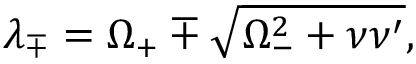
\lambda _ { \mp } = \Omega _ { + } \mp \sqrt { \Omega _ { - } ^ { 2 } + \nu \nu ^ { \prime } } ,